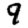
Digit: 9